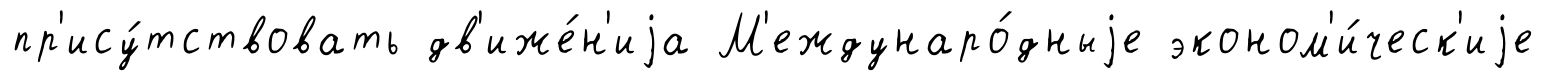
пр'ису́тствовать дв'иже́н'иjа М'еждунаро́дныjе эконом'и́ческ'иjе